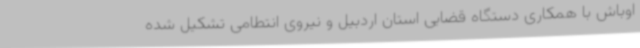
اوباش با همکاری دستگاه قضایی استان اردبیل و نیروی انتطامی تشکیل شده